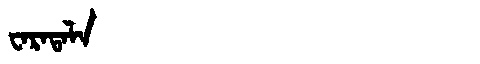
Manchu: ᠸᠠᡵᠠᡨᠠᠯᠠ
Romanization: WARATALA